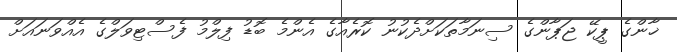
ޚާންގެ ޕީކޭ ޖަޕާންގެ ސިނަމާތަކަށްދެކުނު ކޮރެއާގެ އެންމެ ބޮޑު ފިލްމު ފެސްޓިވަލްގެ އެއްވަނައަށް